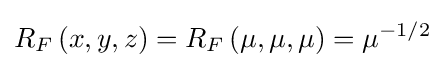
R_{F}\left(x,y,z\right)=R_{F}\left(\mu ,\mu ,\mu \right)=\mu ^{-1/2}